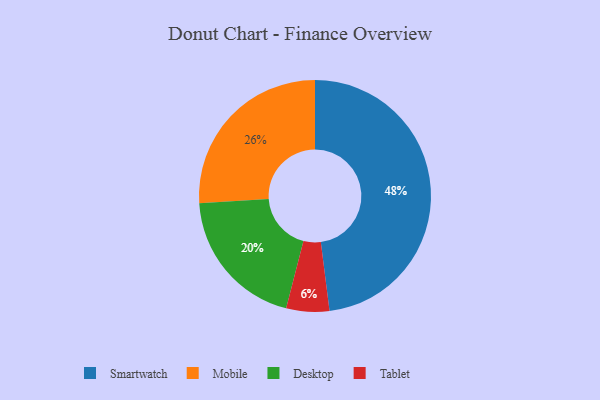
{"axis": {"x": "Category", "y": "Percentage"}, "legend": ["Desktop", "Mobile", "Smartwatch", "Tablet"], "data": [{"x": "Mobile", "y": 26, "type": "Mobile"}, {"x": "Tablet", "y": 6, "type": "Tablet"}, {"x": "Smartwatch", "y": 48, "type": "Smartwatch"}, {"x": "Desktop", "y": 20, "type": "Desktop"}]}